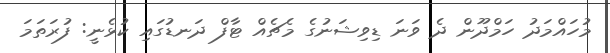
މުހައްމަދު ހަމްދޫން ދެ ވަނަ ޑިވިޝަނުގެ މެޗެއް ޓާފް ދަނޑުގައި ކުޅެނީ: ފުރަތަމަ